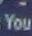
you